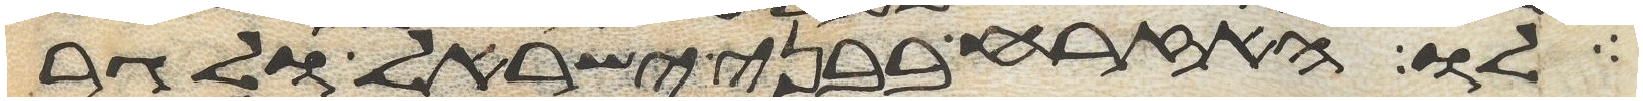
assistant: לו האזרח בבני ישראל ולגר